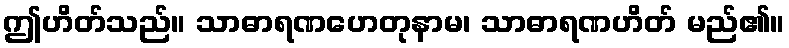
ဤဟိတ်သည်။ သာဓာရဏဟေတုနာမ၊ သာဓာရဏဟိတ် မည်၏။